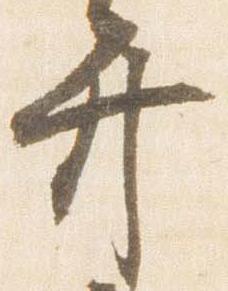
弁